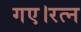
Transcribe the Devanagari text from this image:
गए।रत्न